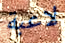
لاعبة